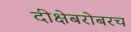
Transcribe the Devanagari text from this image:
दीक्षेबरोबरच